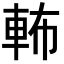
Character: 𨋞